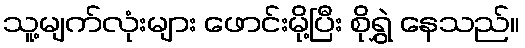
သူ့မျက်လုံးများ ဖောင်းမို့ပြီး စိုရွှဲ နေသည်။